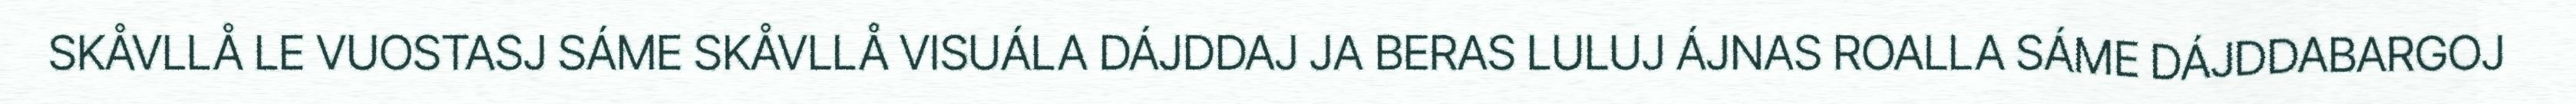
SKÅVLLÅ LE VUOSTASJ SÁME SKÅVLLÅ VISUÁLA DÁJDDAJ JA BERAS LULUJ ÁJNAS ROALLA SÁME DÁJDDABARGOJ